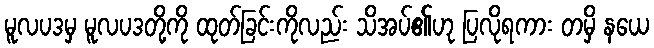
မူလပဒမှ မူလပဒတို့ကို ထုတ်ခြင်းကိုလည်း သိအပ်၏ဟု ပြလိုရကား တမှိ နယေ